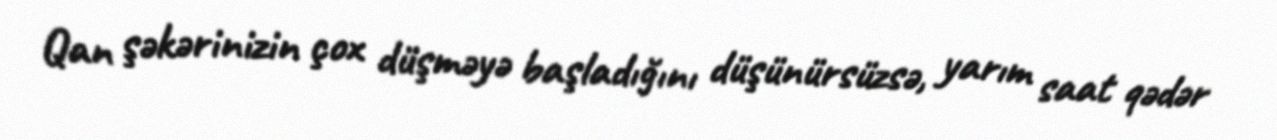
Qan şəkərinizin çox düşməyə başladığını düşünürsüzsə, yarım saat qədər